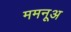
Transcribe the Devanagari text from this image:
ममनूअ